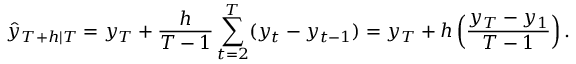
{ \hat { y } } _ { T + h | T } = y _ { T } + { \frac { h } { T - 1 } } \sum _ { t = 2 } ^ { T } ( y _ { t } - y _ { t - 1 } ) = y _ { T } + h \left( { \frac { y _ { T } - y _ { 1 } } { T - 1 } } \right) .